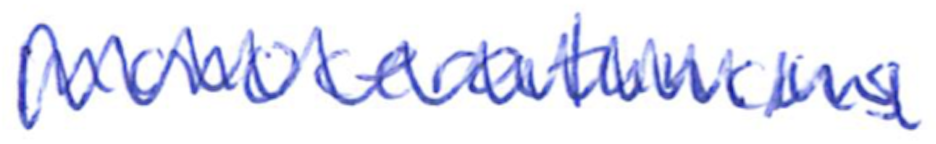
Text: Monoceratuncus
Cross-out: zig-zag
Writing tool: ballpoint